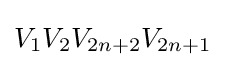
V_{1}V_{2}V_{2n+2}V_{2n+1}